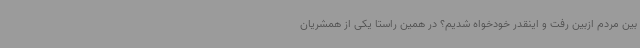
بین مردم ازبین رفت و اینقدر خودخواه شدیم؟ در همین راستا یکی از همشریان